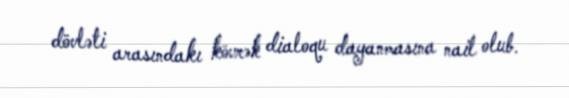
dövləti arasındakı kövrək dialoqu dayanmasına nail olub.